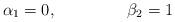
LaTeX: \begin{align*}\alpha_1=0,\ \ \ \ \ \ \ \ \ \ \ \ \ \beta_2=1\end{align*}